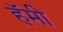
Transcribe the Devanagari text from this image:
हॅमी